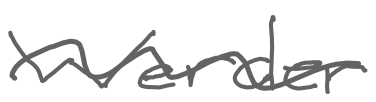
Text: Werder
Cross-out: wave
Writing tool: digital_gray